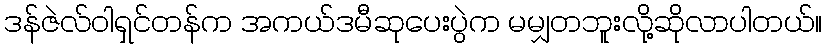
ဒန်ဇဲလ်ဝါရှင်တန်က အကယ်ဒမီဆုပေးပွဲက မမျှတဘူးလို့ဆိုလာပါတယ်။